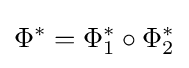
\Phi ^{*}=\Phi _{1}^{*}\circ \Phi _{2}^{*}